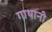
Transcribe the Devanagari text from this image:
गाथानी